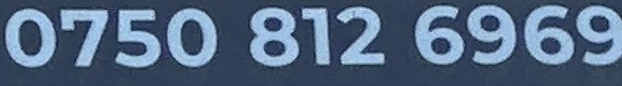
0750 812 6969